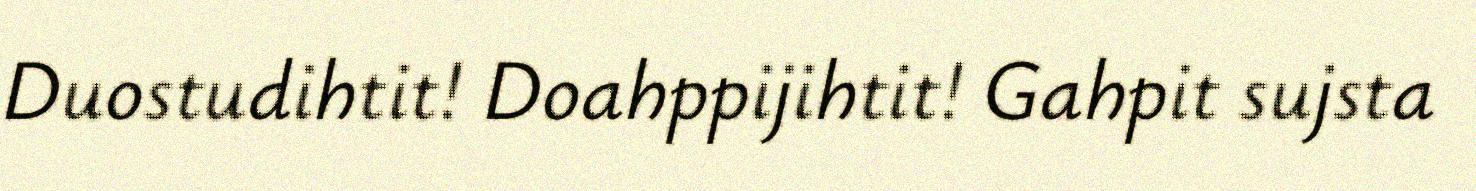
Duostudihtit! Doahppijihtit! Gahpit sujsta